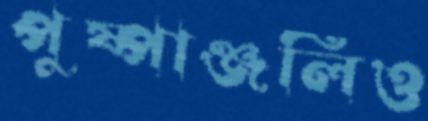
পুষ্পাঞ্জলিও